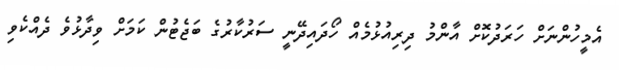
އެމީހުންނަށް ހަރަދުކޮށް އާންމު ދިރިއުޅުމެއް ހޯދައިދޭނީ ސަރުކާރުގެ ބަޖެޓުން ކަމަށް ވިދާޅުވެ ދެއްކެވި